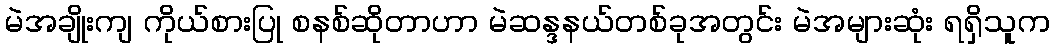
မဲအချိုးကျ ကိုယ်စားပြု စနစ်ဆိုတာဟာ မဲဆန္ဒနယ်တစ်ခုအတွင်း မဲအများဆုံး ရရှိသူက